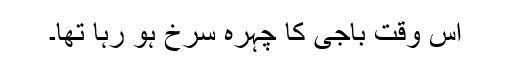
اس وقت باجی کا چہرہ سرخ ہو رہا تھا۔